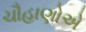
ચૌહાણોએ